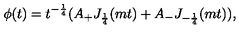
\phi ( t ) = t ^ { - \frac { 1 } { 4 } } ( A _ { + } J _ { \frac { 1 } { 4 } } ( m t ) + A _ { - } J _ { - \frac { 1 } { 4 } } ( m t ) ) ,